Annual report on the mental hospital in the Central Provinces and Berar (Nagpur) - 1927-1951
Year: 1927
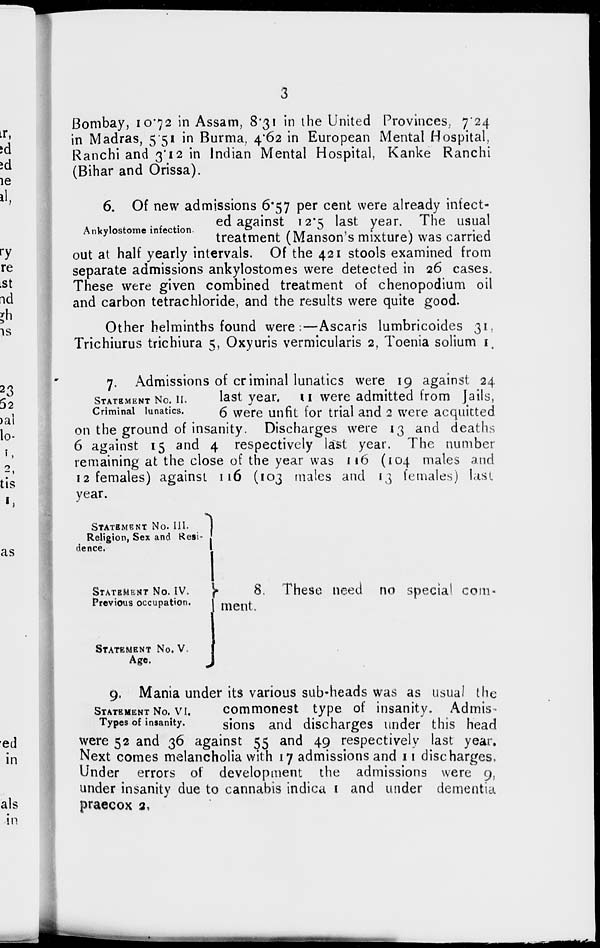
3
Bombay, 10.72 in Assam, 8.31 in the United Provinces, 7.24
in Madras, 5.51 in Burma, 4.62 in European Mental Hospital,
Ranchi and 3.12 in Indian Mental Hospital, Kanke Ranchi
(Bihar and Orissa).
Ankylostome infection.
6. Of new admissions 6.57 per cent were already infect-
ed against 12.5 last year. The usual
treatment (Manson's mixture) was carried
out at half yearly intervals. Of the 421 stools examined from
separate admissions ankylostomes were detected in 26 cases.
These were given combined treatment of chenopodium oil
and carbon tetrachloride, and the results were quite good.
Other helminths found were:—Ascaris lumbricoides 31,
Trichiurus trichiura 5, Oxyuris vermicularis 2, Toenia solium 1.
STATEMENT NO. II.
Criminal lunatics.
7. Admissions of criminal lunatics were 19 against 24
last year. 11 were admitted from Jails,
6 were unfit for trial and 2 were acquitted
on the ground of insanity. Discharges were 13 and deaths
6 against 15 and 4 respectively last year. The number
remaining at the close of the year was 116 (104 males and
12 females) against 116 (103 males and 13 females) last
year.
STATEMENT No. III.
Religion, Sex and Resi-
dence.
STATEMENT No. IV.
Previous occupation.
STATEMENT No. V.
Age.
8. These need no special com-
ment.
STATEMENT No. VI.
Types of insanity.
9. Mania under its various sub-heads was as usual the
commonest type of insanity. Admis-
sions and discharges under this head
were 52 and 36 against 55 and 49 respectively last year.
Next comes melancholia with 17 admissions and 11 discharges,
Under errors of development the admissions were 9,
under insanity due to cannabis indica 1 and under dementia
praecox 2.